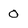
Character: 0